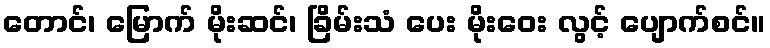
တောင်၊ မြောက် မိုးဆင်၊ ခြိမ်းသံ ပေး မိုးဝေး လွင့် ပျောက်စင်။